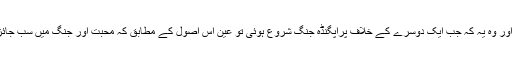
اس کے ساتھ ساتھ ایک اہم پہلو کا بیان رہ گیا اور وہ یہ کہ جب ایک دوسرے کے خلاف پراپگنڈہ جنگ شروع ہوئی تو عین اس اصول کے مطابق کہ محبت اور جنگ میں سب جائز ہوتا ہے یہاں بھی سب کچھ جائز کر لیا گیا ۔